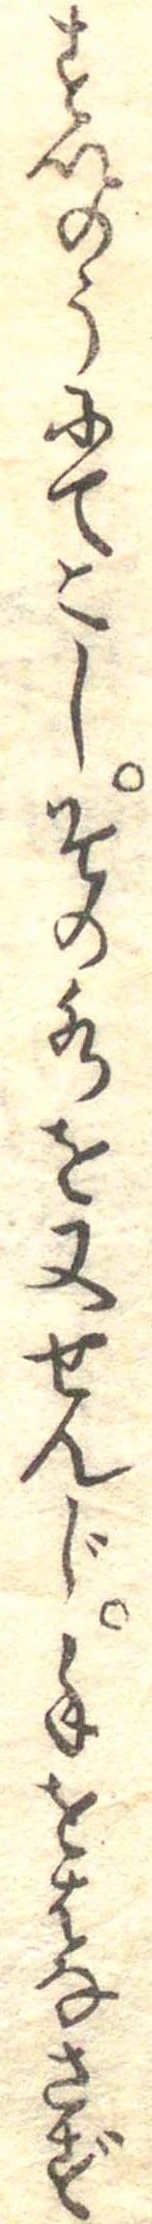
すいのうにてこしその水を又せんじ手をはなさず